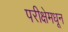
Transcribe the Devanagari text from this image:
परीक्षेमधून